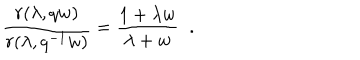
\frac { r ( \lambda , q w ) } { r ( \lambda , q ^ { - 1 } w ) } = \frac { 1 + \lambda w } { \lambda + w } \; \; .